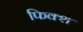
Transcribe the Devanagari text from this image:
फिक्श